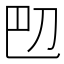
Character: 𫥴